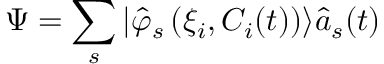
\Psi = \sum _ { s } | \hat { \varphi } _ { s } \left( \xi _ { i } , C _ { i } ( t ) \right) \rangle \hat { a } _ { s } ( t )